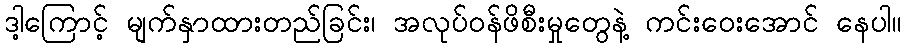
ဒါ့ကြောင့် မျက်နှာထားတည်ခြင်း၊ အလုပ်ဝန်ဖိစီးမှုတွေနဲ့ ကင်းဝေးအောင် နေပါ။